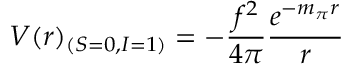
V ( r ) _ { ( S = 0 , I = 1 ) } = - \frac { f ^ { 2 } } { 4 \pi } \frac { e ^ { - m _ { \pi } r } } { r }